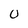
Character: U